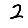
Digit: 2